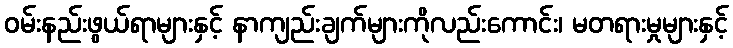
ဝမ်းနည်းဖွယ်ရာများနှင့် နာကျည်းချက်များကိုလည်းကောင်း၊ မတရားမှုများနှင့်